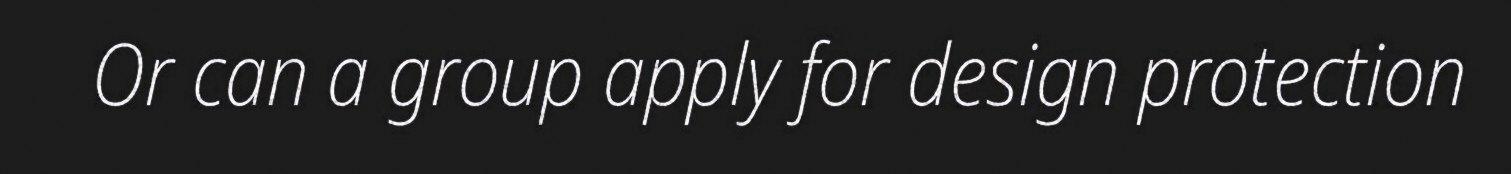
Or can a group apply for design protection